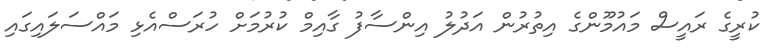
ކުރީގެ ރައީސް މައުމޫންގެ އިތުރުން އަދުލު އިންސާފު ގާއިމް ކުރުމަށް ހުރަސްއެޅި މައްސަލައިގައި